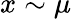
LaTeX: x\sim\mu